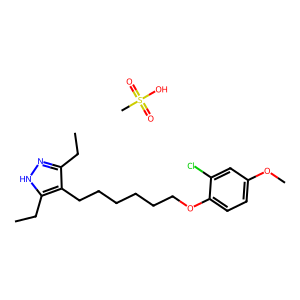
SMILES: CCc1n[nH]c(CC)c1CCCCCCOc1ccc(OC)cc1Cl.CS(=O)(=O)O
Inhibits HIV replication: No